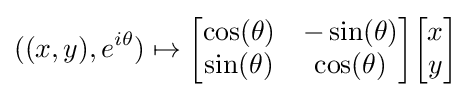
((x,y),e^{i\theta })\mapsto {\begin{bmatrix}\cos(\theta )&-\sin(\theta )\\\sin(\theta )&\cos(\theta )\end{bmatrix}}{\begin{bmatrix}x\\y\end{bmatrix}}